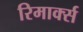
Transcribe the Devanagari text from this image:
रिमार्क्स